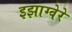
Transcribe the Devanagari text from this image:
इझाग्वेरे